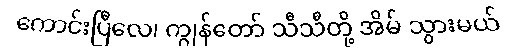
ကောင်းပြီလေ၊ ကျွန်တော် သီသီတို့ အိမ် သွားမယ်